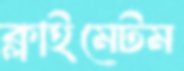
ক্লাইমেটম